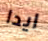
ايدا